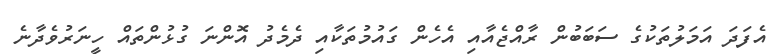
އެފަދަ އަމަލުތަކުގެ ސަބަބުން ރާއްޖެއާއި އެހެން ގައުމުތަކާއި ދެމެދު އޮންނަ ގުޅުންތައް ހީނަރުވެދާނެ